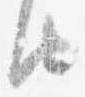
由